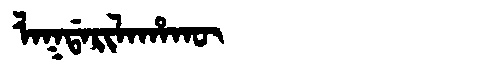
Manchu: ᠯᠠᡴᡩᠠᡵᡳᠯᠠᡥᠠᡴᡡ
Romanization: LAKDARILAHAKŪ